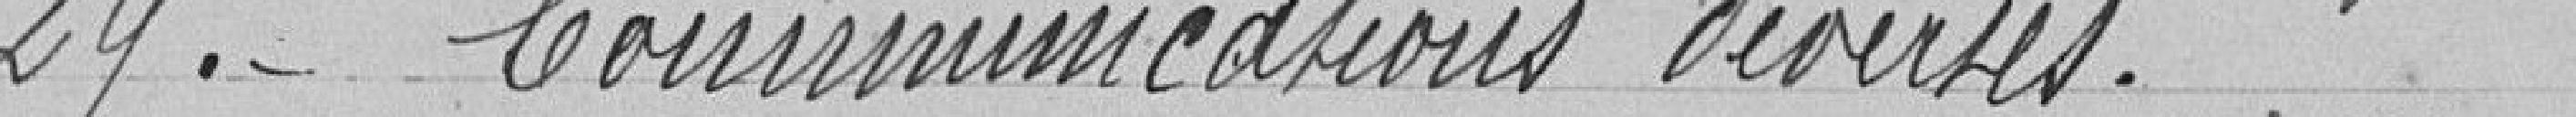
29. Communications diverses.